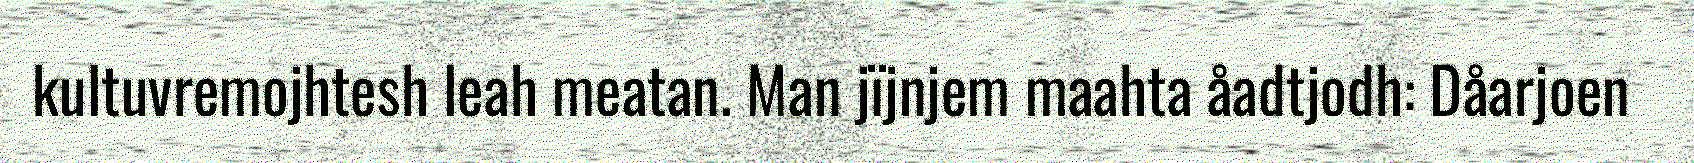
kultuvremojhtesh leah meatan. Man jïjnjem maahta åadtjodh: Dåarjoen